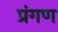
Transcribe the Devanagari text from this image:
प्रंगण